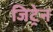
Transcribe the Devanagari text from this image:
जिट्रेन